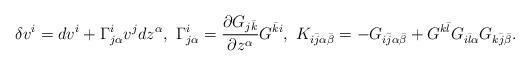
LaTeX: \begin{align*}\delta v^i=dv^i+\Gamma^i_{j\alpha}v^jdz^\alpha,\ \Gamma^i_{j\alpha}={{\partial G_{j\bar k}}\over{\partial z^\alpha}}G^{\bar k i},\ K_{i\bar j \alpha\bar\beta}=-G_{i\bar j \alpha\bar\beta}+G^{k\bar l}G_{i\bar l\alpha}G_{k\bar j\bar\beta}.\end{align*}